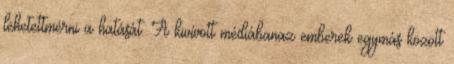
lehetettmérni a hatását. A kivívott médiábanaz emberek egymás között